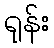
ရုန်း